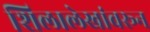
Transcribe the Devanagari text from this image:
शिलालेखांवरून